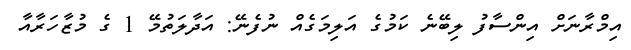
އިމްރާނަށް އިންސާފު ލިބޭނެ ކަމުގެ އަލިމަގެއް ނުފެނޭ: އަދާލަތުމޭ 1 ގެ މުޒާހަރާއާ